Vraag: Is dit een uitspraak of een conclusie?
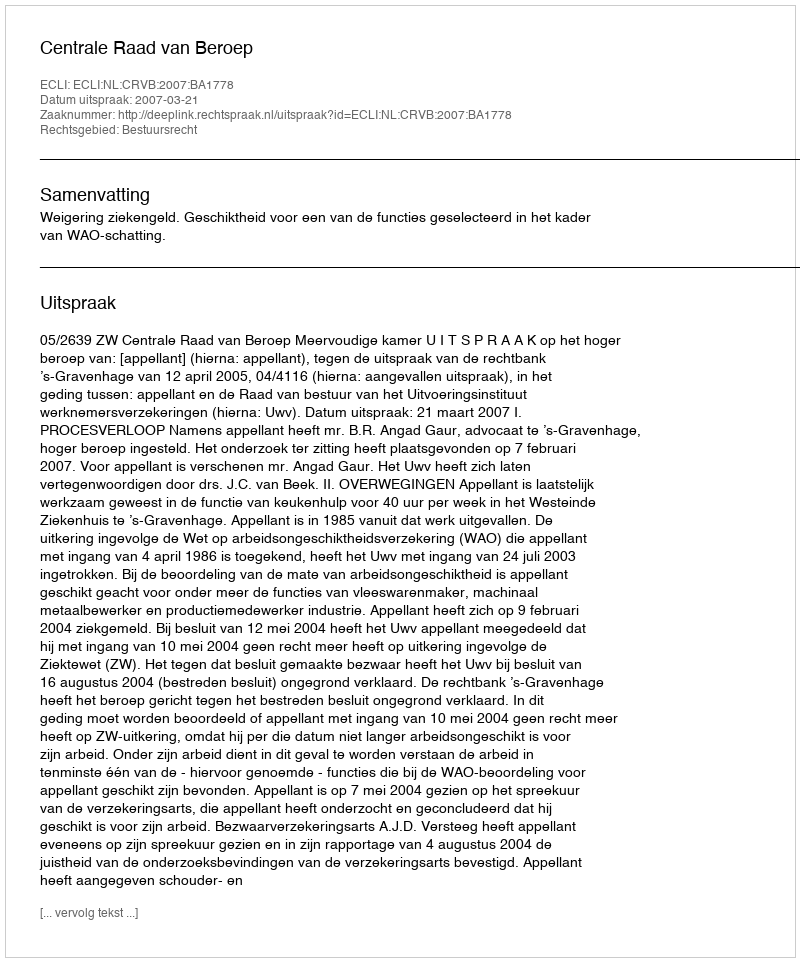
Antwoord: Uitspraak